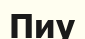
Пиу